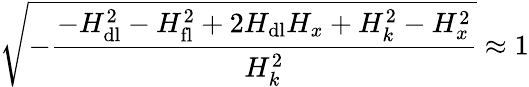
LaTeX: \sqrt{-\frac{-H_{\mathrm{dl}}^{2}-H_{\mathrm{fl}}^{2}+2H_{\mathrm{dl}}H_{x}+H_{k}^{2}-H_{x}^{2}}{H_{k}^{2}}}\approx 1